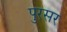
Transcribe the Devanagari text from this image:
पुरसर